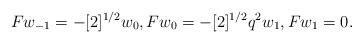
LaTeX: \begin{align*}F w_{-1} = - [2]^{1/2} w_0, F w_0 = - [2]^{1/2} q^2 w_1, F w_1 = 0.\end{align*}